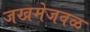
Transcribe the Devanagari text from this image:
जखमेजवळ